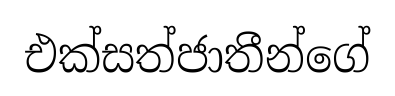
එක්සත්ජාතීන්ගේ